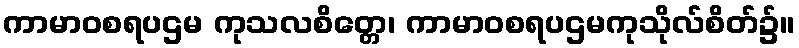
ကာမာဝစရပဌမ ကုသလစိတ္တေ၊ ကာမာဝစရပဌမကုသိုလ်စိတ်၌။